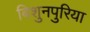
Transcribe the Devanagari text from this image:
बिशुनपुरिया